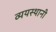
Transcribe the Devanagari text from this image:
व्ययस्थानी